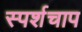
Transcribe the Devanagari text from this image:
स्पर्शचाप